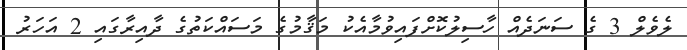
ލެވެލް 3 ގެ ސަނަދެއް ހާސިލުކޮށްފައިވުމާއެކު މަޤާމުގެ މަސައްކަތުގެ ދާއިރާގައި 2 އަހަރު